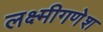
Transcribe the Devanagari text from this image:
लक्ष्मीगणेश